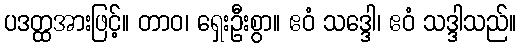
ပဒတ္ထအားဖြင့်။ တာဝ၊ ရှေးဦးစွာ။ ဧဝံ သဒ္ဒေါ၊ ဧဝံ သဒ္ဒါသည်။